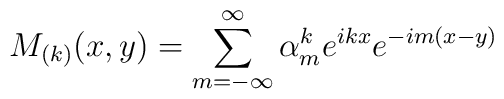
M_{(k)}(x,y)=\sum_{m=-\infty }^{\infty }\alpha _{m}^{k}e^{ikx}e^{-im(x-y)}